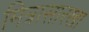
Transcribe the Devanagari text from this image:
मित्रासारखा